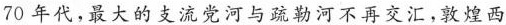
70 年代，最大的支流党河与疏勒河不再交汇，敦煌西